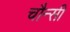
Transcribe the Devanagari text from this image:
चौन्सी